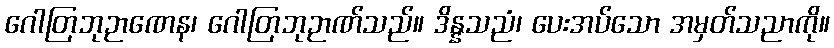
ဂေါတြဘုဉာဏေန၊ ဂေါတြဘုဉာဏ်သည်။ ဒိန္နသညံ၊ ပေးအပ်သော အမှတ်သညာကို။